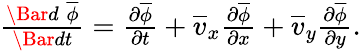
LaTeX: \begin{array}{r}{\frac{\Bar{d}\; \overline{{\phi}}}{\Bar{dt}}=\frac{\partial\overline{{\phi}}}{\partial t}+\overline{{v}}_{x}\frac{\partial\overline{{\phi}}}{\partial x}+\overline{{v}}_{y}\frac{\partial\overline{{\phi}}}{\partial y}.}\end{array}